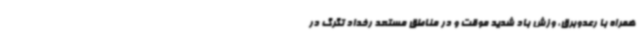
همراه با رعدوبرق، وزش باد شدید موقت و در مناطق مستعد رخداد تگرگ در